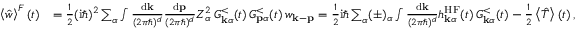
\begin{array} { r l } { \left\langle \hat { w } \right\rangle ^ { F } ( t ) } & { = \frac { 1 } { 2 } ( \mathrm { i } \hbar ) ^ { 2 } \sum _ { \alpha } \int \frac { \mathrm { d } \mathbf { k } } { ( 2 \pi \hbar ) ^ { d } } \frac { \mathrm { d } \mathbf { p } } { ( 2 \pi \hbar ) ^ { d } } Z _ { \alpha } ^ { 2 } \, G _ { \mathbf { k } \alpha } ^ { < } ( t ) \, G _ { \mathbf { p } \alpha } ^ { < } ( t ) \, w _ { \mathbf { k } - \mathbf { p } } = \frac { 1 } { 2 } \mathrm { i } \hbar \sum _ { \alpha } ( \pm ) _ { \alpha } \int \frac { \mathrm { d } \mathbf { k } } { ( 2 \pi \hbar ) ^ { d } } h _ { \mathbf { k } \alpha } ^ { \mathrm { H F } } ( t ) \, G _ { \mathbf { k } \alpha } ^ { < } ( t ) - \frac { 1 } { 2 } \left\langle \hat { T } \right\rangle ( t ) \, , } \end{array}